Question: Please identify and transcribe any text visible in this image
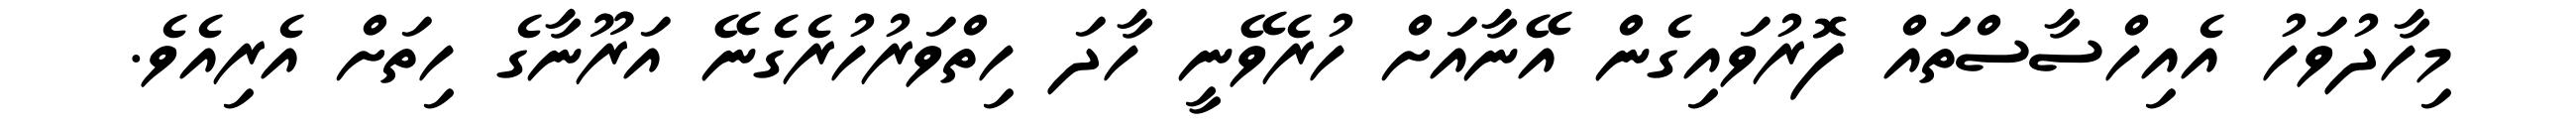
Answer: މިހާދުވަހު އެއިހްސާސްތައް ފޮރުވައިގެން އޭނާއަށް ހުރެވޭނީ ހާދަ ހިތްވަރުހުރެގެނޭ އަރޫނާގެ ހިތަށް އެރިއެވެ.